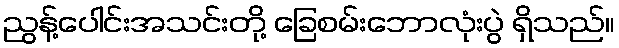
ညွန့်ပေါင်းအသင်းတို့ ခြေစမ်းဘောလုံးပွဲ ရှိသည်။